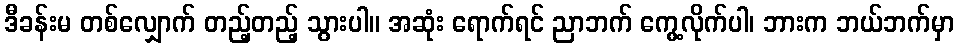
ဒီခန်းမ တစ်လျှောက် တည့်တည့် သွားပါ။ အဆုံး ရောက်ရင် ညာဘက် ကွေ့လိုက်ပါ၊ ဘားက ဘယ်ဘက်မှာ